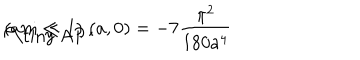
\rho _ { \mathrm { \tiny ~ A P } } ( a , 0 ) = - 7 { \frac { \pi ^ { 2 } } { 1 8 0 a ^ { 4 } } } \hspace { 0 . 5 c m } ( a m \ll 1 ) \; ,